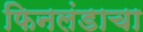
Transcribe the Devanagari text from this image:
फिनलंडाचा